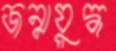
জন্মযুদ্ধ